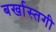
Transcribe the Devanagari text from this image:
बर्खास्‍तगी